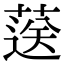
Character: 𦷴